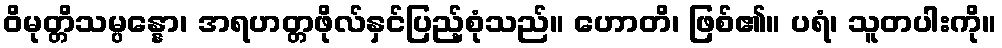
ဝိမုတ္တိသမ္ပန္နော၊ အရဟတ္တဖိုလ်နှင်ပြည့်စုံသည်။ ဟောတိ၊ ဖြစ်၏။ ပရံ၊ သူတပါးကို။